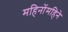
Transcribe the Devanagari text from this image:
महिनोंमहिने